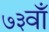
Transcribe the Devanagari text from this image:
७३वाँ